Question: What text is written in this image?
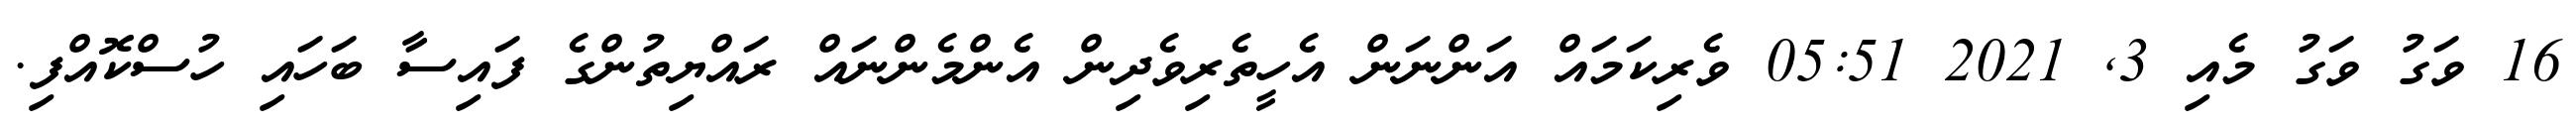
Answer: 16 ވަގު ވަގު މެއި 3, 2021 05:51 ވެރިކަމައް އަންނަން އެހީތެރިވެދިން އެންމެންނައް ރައްޔިތުންގެ ފައިސާ ބަހައި ހުސްކޮއްފި.